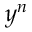
y ^ { n }